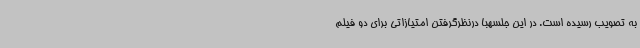
به تصویب رسیده است. در این جلسهبا درنظرگرفتن امتیازاتی برای دو فیلم